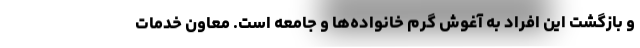
و بازگشت این افراد به آغوش گرم خانواده‌ها و جامعه است. معاون خدمات